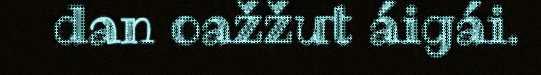
dan oažžut áigái.